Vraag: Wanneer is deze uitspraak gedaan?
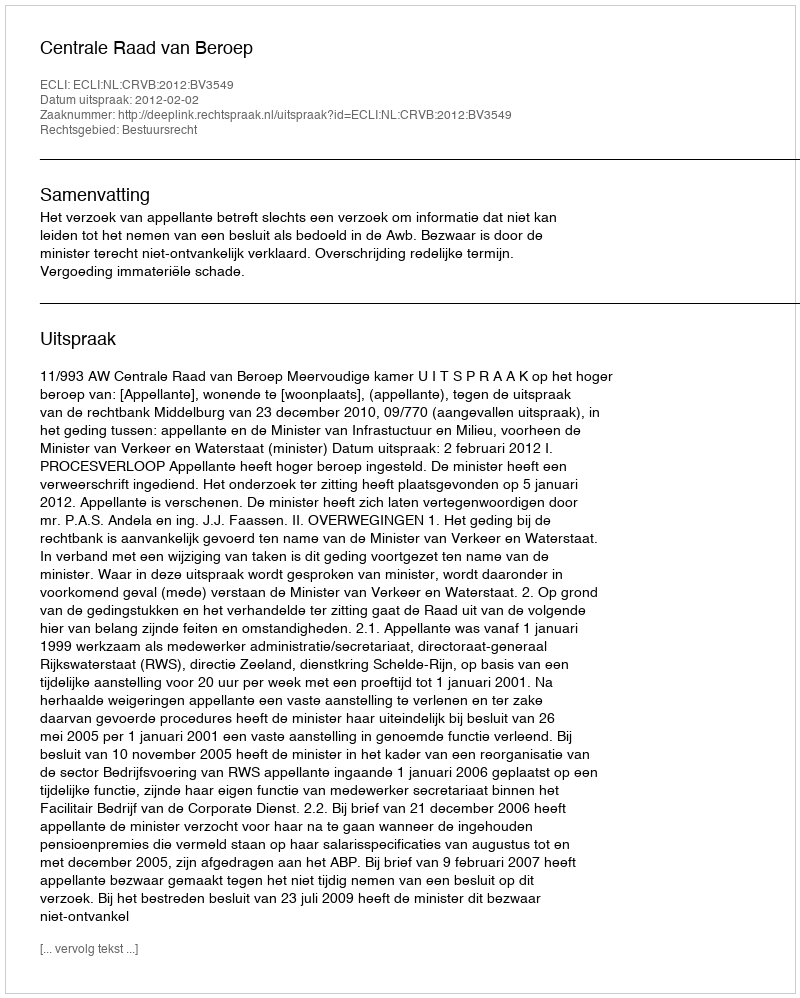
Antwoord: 2012-02-02